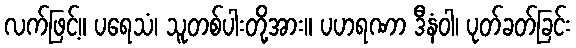
လက်ဖြင့်။ ပရေသံ၊ သူတစ်ပါးတို့အား။ ပဟရဏာ ဒီနံဝါ၊ ပုတ်ခတ်ခြင်း